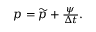
\begin{array} { r } { p = \widetilde { p } + \frac { \psi } { \Delta t } . } \end{array}